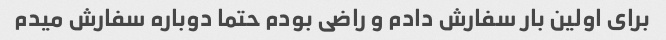
برای اولین بار سفارش دادم و راضی بودم حتما دوباره سفارش میدم